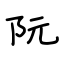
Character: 阮